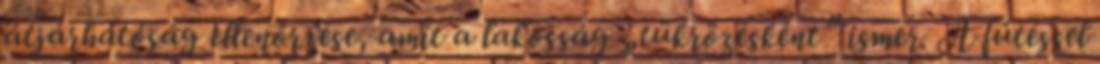
átjárhatóság ellenőrzése, amit a lakosság „tükrözésként” ismer. A fűtéssel